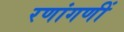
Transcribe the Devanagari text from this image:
रणांगणीं